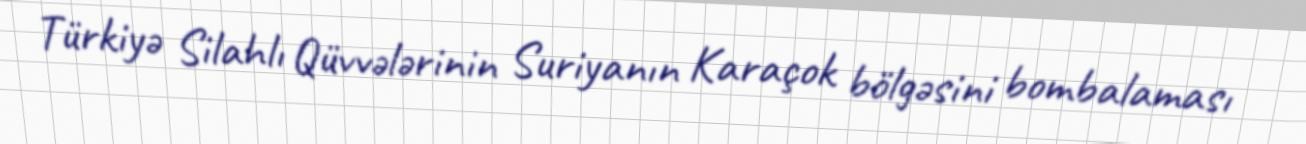
Türkiyə Silahlı Qüvvələrinin Suriyanın Karaçok bölgəsini bombalaması